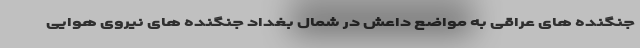
جنگنده های عراقی به مواضع داعش در شمال بغداد جنگنده های نیروی هوایی